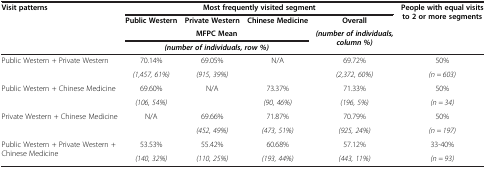
| <ROWSPAN=3> Visit patterns | <COLSPAN=4> Most frequently visited segment | <ROWSPAN=3> People with equal visits to 2 or more segments |
 | Public Western | Private Western | Chinese Medicine | Overall |
 | <COLSPAN=3> MFPC Mean | (number of individuals, column %) |
 |  | <COLSPAN=3> (number of individuals, row %) |  |  |
 | --- | --- | --- | --- | --- | --- |
 | <ROWSPAN=2> Public Western + Private Western | 70.14% | 69.05% | <ROWSPAN=2> N/A | 69.72% | 50% |
 | (1,457, 61%) | (915, 39%) | (2,372, 60%) | (n = 603) |
 | <ROWSPAN=2> Public Western + Chinese Medicine | 69.60% | <ROWSPAN=2> N/A | 73.37% | 71.33% | 50% |
 | (106, 54%) | (90, 46%) | (196, 5%) | (n = 34) |
 | <ROWSPAN=2> Private Western + Chinese Medicine | <ROWSPAN=2> N/A | 69.66% | 71.87% | 70.79% | 50% |
 | (452, 49%) | (473, 51%) | (925, 24%) | (n = 197) |
 | <ROWSPAN=2> Public Western + Private Western + Chinese Medicine | 53.53% | 55.42% | 60.68% | 57.12% | 33-40% |
 | (140, 32%) | (110, 25%) | (193, 44%) | (443, 11%) | (n = 93) |